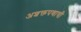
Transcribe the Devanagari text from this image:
अशक्तपणाची